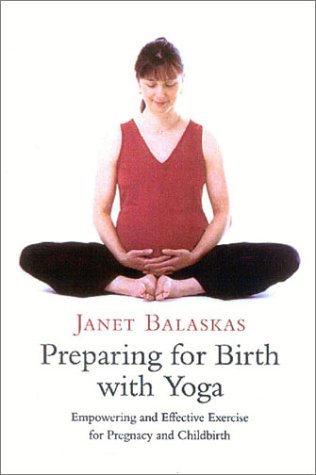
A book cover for Preparing for Birth with Yoga, Updated Edition: Empowering and Effective Exercise for Pregnancy and Childbirth; Janet Balaskas; Health, Fitness & Dieting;